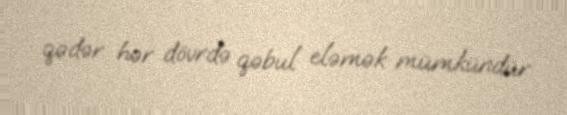
qədər hər dövrdə qəbul eləmək mümkündür.